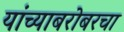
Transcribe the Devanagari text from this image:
यांच्याबरोबरचा